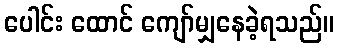
ပေါင်း ထောင် ကျော်မျှနေခဲ့ရသည်။